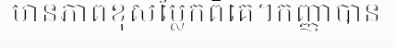
មានភាពខុសប្លែកពីគេ។កញ្ញាបាន